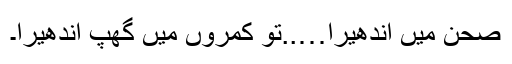
صحن میں اندھیرا…..تو کمروں میں گھپ اندھیرا۔